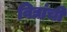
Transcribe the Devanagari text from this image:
विद्यांची